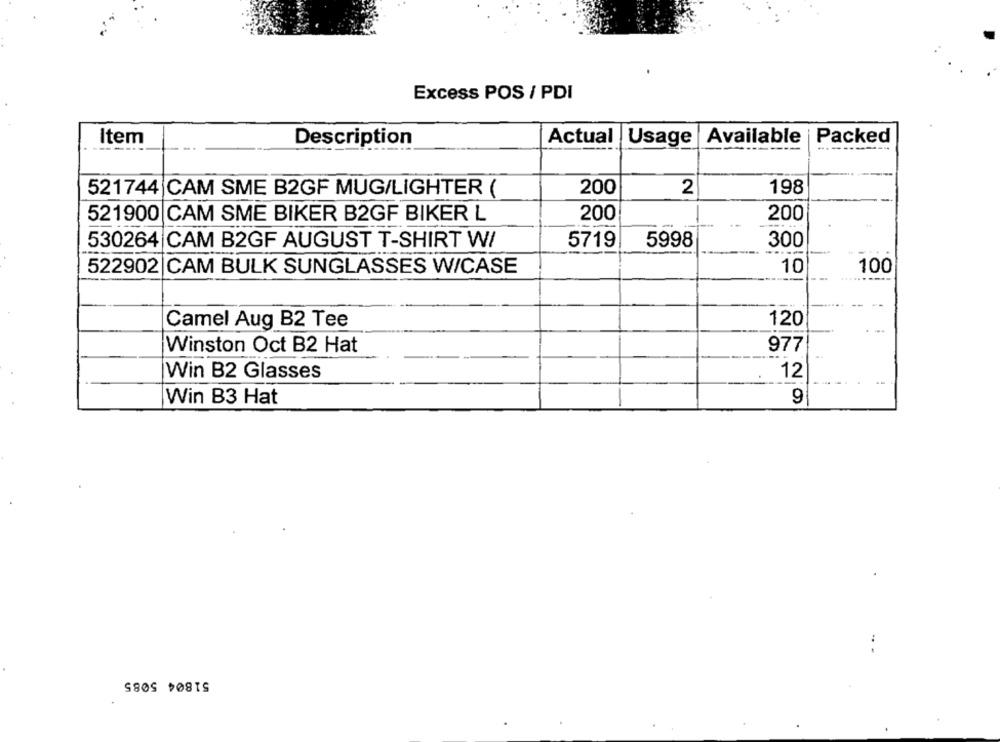
Excess POS / PDI
Item
Description
Actual
Usage
Available
Packed
521744 CAM SME B2GF MUG/LIGHTER (
200
2
198
521900 CAM SME BIKER B2GF BIKER L
200
200
530264 CAM B2GF AUGUST T-SHIRT W/
5719
5998
300
522902 |CAM BULK SUNGLASSES W/CASE
10
100
Camel Aug B2 Tee
120
Winston Oct B2 Hat
977
Win B2 Glasses
12
Win B3 Hat
9
51804 5085